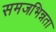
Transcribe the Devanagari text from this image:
समजभिन्नता